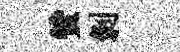
贊剥